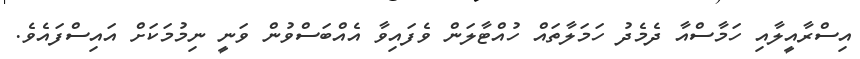
އިސްރާއީލާއި ހަމާސްއާ ދެމެދު ހަމަލާތައް ހުއްޓާލަން ވެފައިވާ އެއްބަސްވުން ވަނީ ނިމުމަކަށް އައިސްފައެވެ.